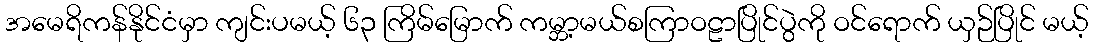
အမေရိကန်နိုင်ငံမှာ ကျင်းပမယ့် ၆၃ ကြိမ်မြောက် ကမ္ဘာ့မယ်စကြာဝဠာပြိုင်ပွဲကို ဝင်ရောက် ယှဉ်ပြိုင် မယ့်